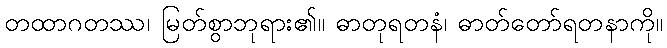
တထာဂတဿ၊ မြတ်စွာဘုရား၏။ ဓာတုရတနံ၊ ဓာတ်တော်ရတနာကို။